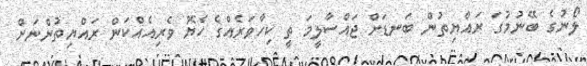
ލޯނުގެ ބޭނުމުގަ ރައްޔިތުން ބަނޑަށް ޖައްސާލީމަ ތީ ކިހާވަރެއްގެ ހެޔޮ ވެރިއެއްކަން ރައްޔިތުންނަށް